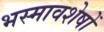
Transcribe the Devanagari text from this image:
भस्मावशेषों